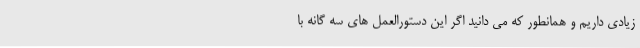
زیادی داریم و همانطور که می دانید اگر این دستورالعمل های سه گانه با